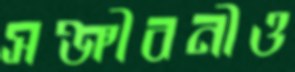
সঞ্জীবনীও